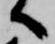
へ